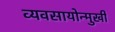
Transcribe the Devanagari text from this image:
व्यवसायोन्मुखी